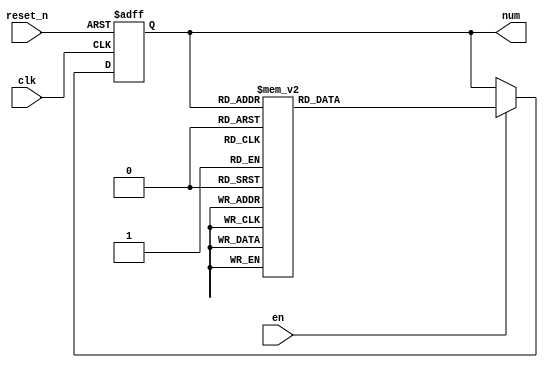
`timescale 1ns / 1ps
//////////////////////////////////////////////////////////////////////////////////
// Company: 
// Engineer: 
// 
// Design Name: 
// Module Name: fsm_counter
// Project Name: 
// Target Devices: 
// Tool Versions: 
// Description: 
// 
// Dependencies: 
// 
// Revision:
// Revision 0.01 - File Created
// Additional Comments:
// 
//////////////////////////////////////////////////////////////////////////////////


module fsm_counter(
    input clk, reset_n,
    input en,
    output [2:0] num
    );
    
    reg [2:0] state_reg, state_next;
    localparam  s0 = 0, s1 = 1, s2 = 2, s3 = 3,
                s4 = 4, s5 = 5, s6 = 6, s7 = 7;   
    
    // State register
    always @(posedge clk, negedge reset_n)
    begin
        if (~reset_n)
            state_reg <= s0;
        else
            state_reg <= state_next;
    end
    
    // Next state logic
    always @(*)
    begin
        if(en)
            case(state_reg)
                s0: state_next = s1;                            
                s1: state_next = s2;                                
                s2: state_next = s3;                
                s3: state_next = s4;                 
                s4: state_next = s5;                
                s5: state_next = s6;                 
                s6: state_next = s7;                  
                s7: state_next = s0;                                                                                                                             
                default: state_next = state_reg;            
            endcase
        else
            state_next = state_reg;        
    end
    
    // Output logic
    assign num = state_reg;
endmodule